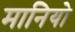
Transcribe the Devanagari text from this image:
मानियो